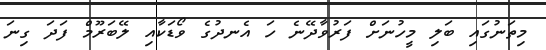
މިތަނުގައި ބަލި މީހުނަށް ފަރުވާދޭނެ ހަ އެނދުގެ ވޯޑަކާއި ލޭބަރޫމް ފަދަ ގިނަ